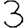
Digit: 3